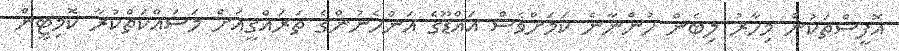
އޮފީސްތަކުން މިހާރު ލިބެން ހުންނާނެ ކަމަށްވެސް އައްޑޫގެ އަންހެނުންގެ ތަރައްގީއަށް މަސައްކަތްކުރާ ކޮމިޓީން